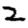
Digit: 2